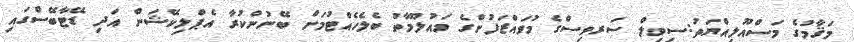
މަޤާމުގެ މަސްއޫލިއްޔަތު:ސިވިލް ސަރވިސްގެ މުވައްޒަފުންގެ މައުލޫމާތު ބެލެހެއްޓުމަށް ބޭނުންކުރާ އެޕްލިކޭޝަން އަދި ޑޭޓާބޭސްގައި